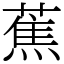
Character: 蕉